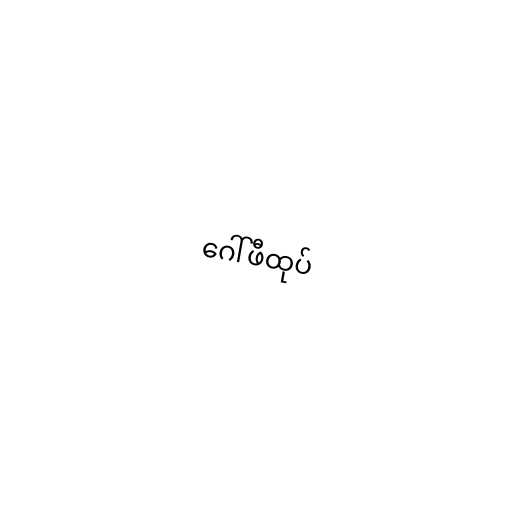
ဂေါ်ဖီထုပ်